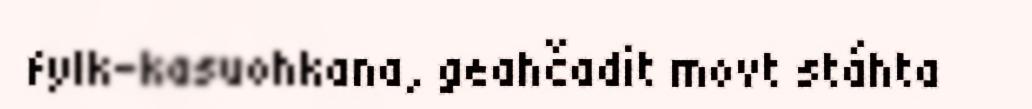
fylk-kasuohkana, geahčadit movt stáhta